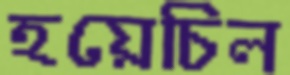
হয়েচিল